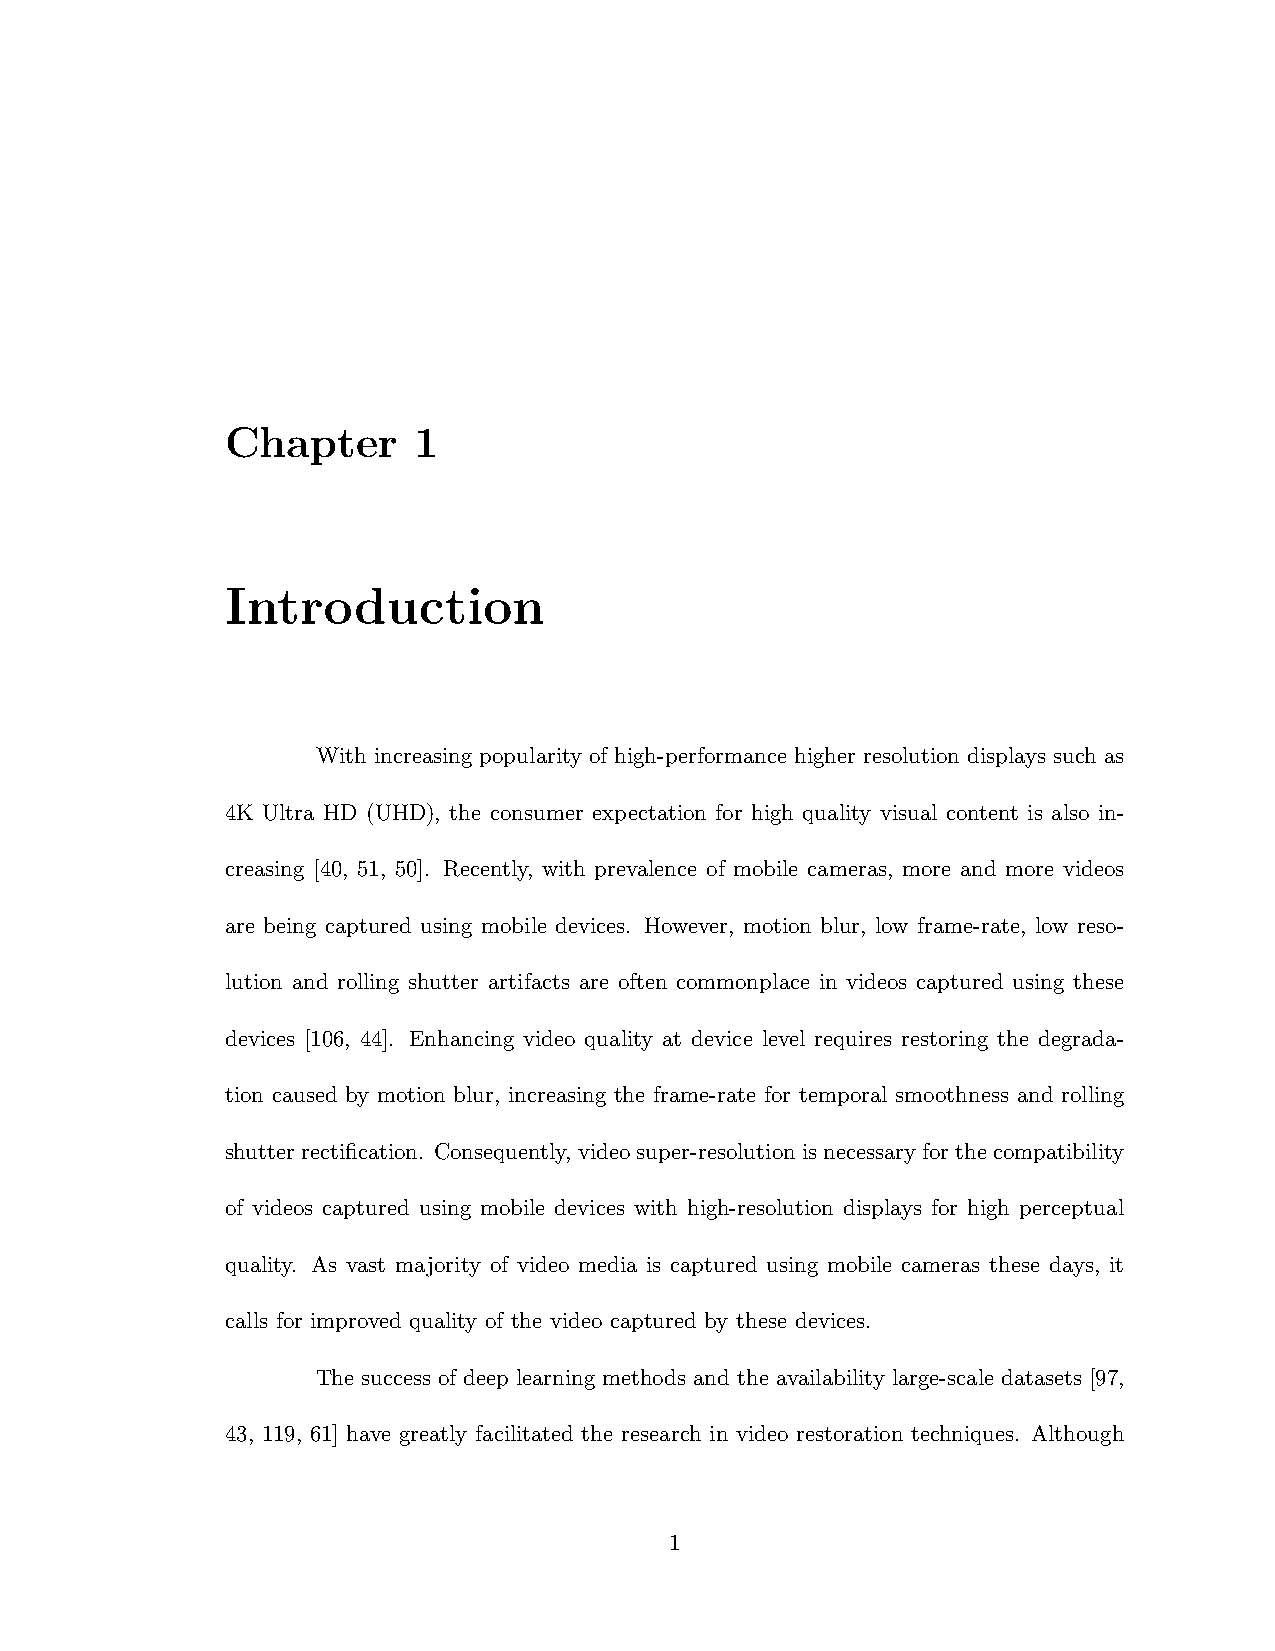
Chapter     1
 Introduction
 With increasing popularity of high-performance higher resolution displays such as
 4K Ultra HD (UHD), the consumer expectation for high quality visual content is also in-
 creasing [40, 51, 50]. Recently, with prevalence of mobile cameras, more and more videos
 are being captured using mobile devices. However, motion blur, low frame-rate, low reso-
 lution and rolling shutter artifacts are often commonplace in videos captured using these
 devices [106, 44]. Enhancing video quality at device level requires restoring the degrada-
 tion caused by motion blur, increasing the frame-rate for temporal smoothness and rolling
 shutterrectification. Consequently, videosuper-resolutionisnecessaryforthecompatibility
 of videos captured using mobile devices with high-resolution displays for high perceptual
 quality. As vast majority of video media is captured using mobile cameras these days, it
 calls for improved quality of the video captured by these devices.
 The success of deep learning methods and the availability large-scale datasets [97,
 43, 119, 61] have greatly facilitated the research in video restoration techniques. Although
 1